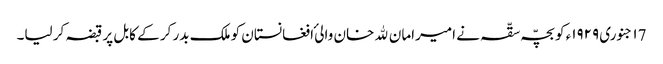
١7 جنوری ١٩٢٩ء کو بچّہ سقّہ نے امیرامان ﷲ خان والیٔ افغانستان کو ملک بدر کر کے کابل پر قبضہ کر لیا۔